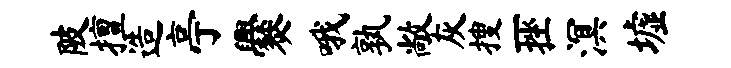
陂擅造亭爨哦孰敞灰搜一挫溟墟